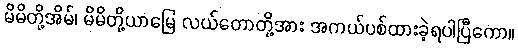
မိမိတို့အိမ်၊ မိမိတို့ယာမြေ လယ်တောတို့အား အကယ်ပစ်ထားခဲ့ရပါပြီကော။